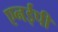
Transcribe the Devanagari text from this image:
एनईपी